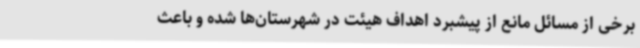
برخی از مسائل مانع از پیشبرد اهداف هیئت در شهرستان‌ها شده و باعث